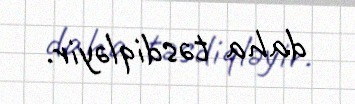
daha təsdiqləyir.